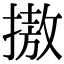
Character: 𢳆